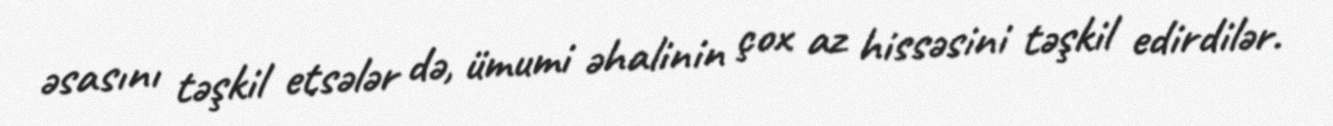
əsasını təşkil etsələr də, ümumi əhalinin çox az hissəsini təşkil edirdilər.